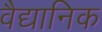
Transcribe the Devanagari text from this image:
वैद्यानिक